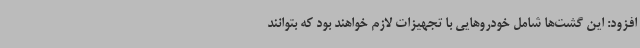
افزود: این گشت‌ها شامل خودروهایی با تجهیزات لازم خواهند بود که بتوانند